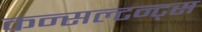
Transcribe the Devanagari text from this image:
कन्सल्टन्ट्स